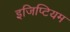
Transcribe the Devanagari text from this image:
इजिप्टियम